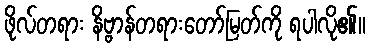
ဖိုလ်တရား နိဗ္ဗာန်တရားတော်မြတ်ကို ရပါလို၏။